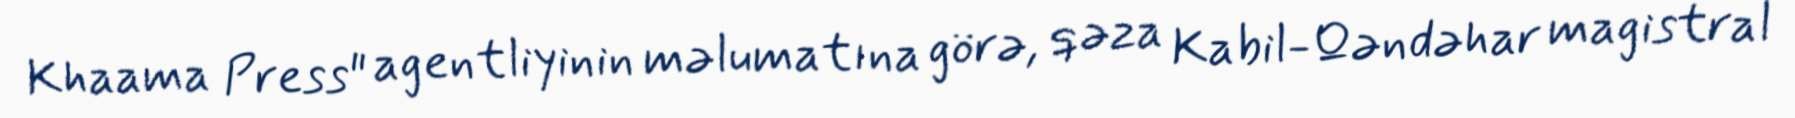
Khaama Press" agentliyinin məlumatına görə, qəza Kabil-Qəndəhar magistral